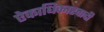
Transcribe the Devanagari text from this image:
ऐकाधिकारवादी